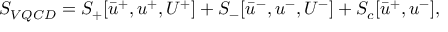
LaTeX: S _ { V Q C D } = S _ { + } [ \bar { u } ^ { + } , u ^ { + } , U ^ { + } ] + S _ { - } [ \bar { u } ^ { - } , u ^ { - } , U ^ { - } ] + S _ { c } [ \bar { u } ^ { + } , u ^ { - } ] ,